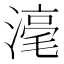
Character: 𣻼